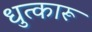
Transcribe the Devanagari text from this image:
धुत्कारू